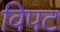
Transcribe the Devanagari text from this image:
विपट